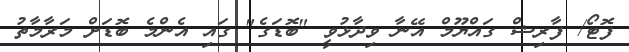
ފޮޓޯ/ ފާރިޝް ގައްޔޫމް އޭނާ ވިދާޅުވީ "ބޮޑަގެ" ގައި އެންމެ ބޮޑަށް މަރާމާތު